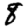
Digit: 8